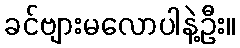
ခင်ဗျားမလောပါနဲ့ဦး။